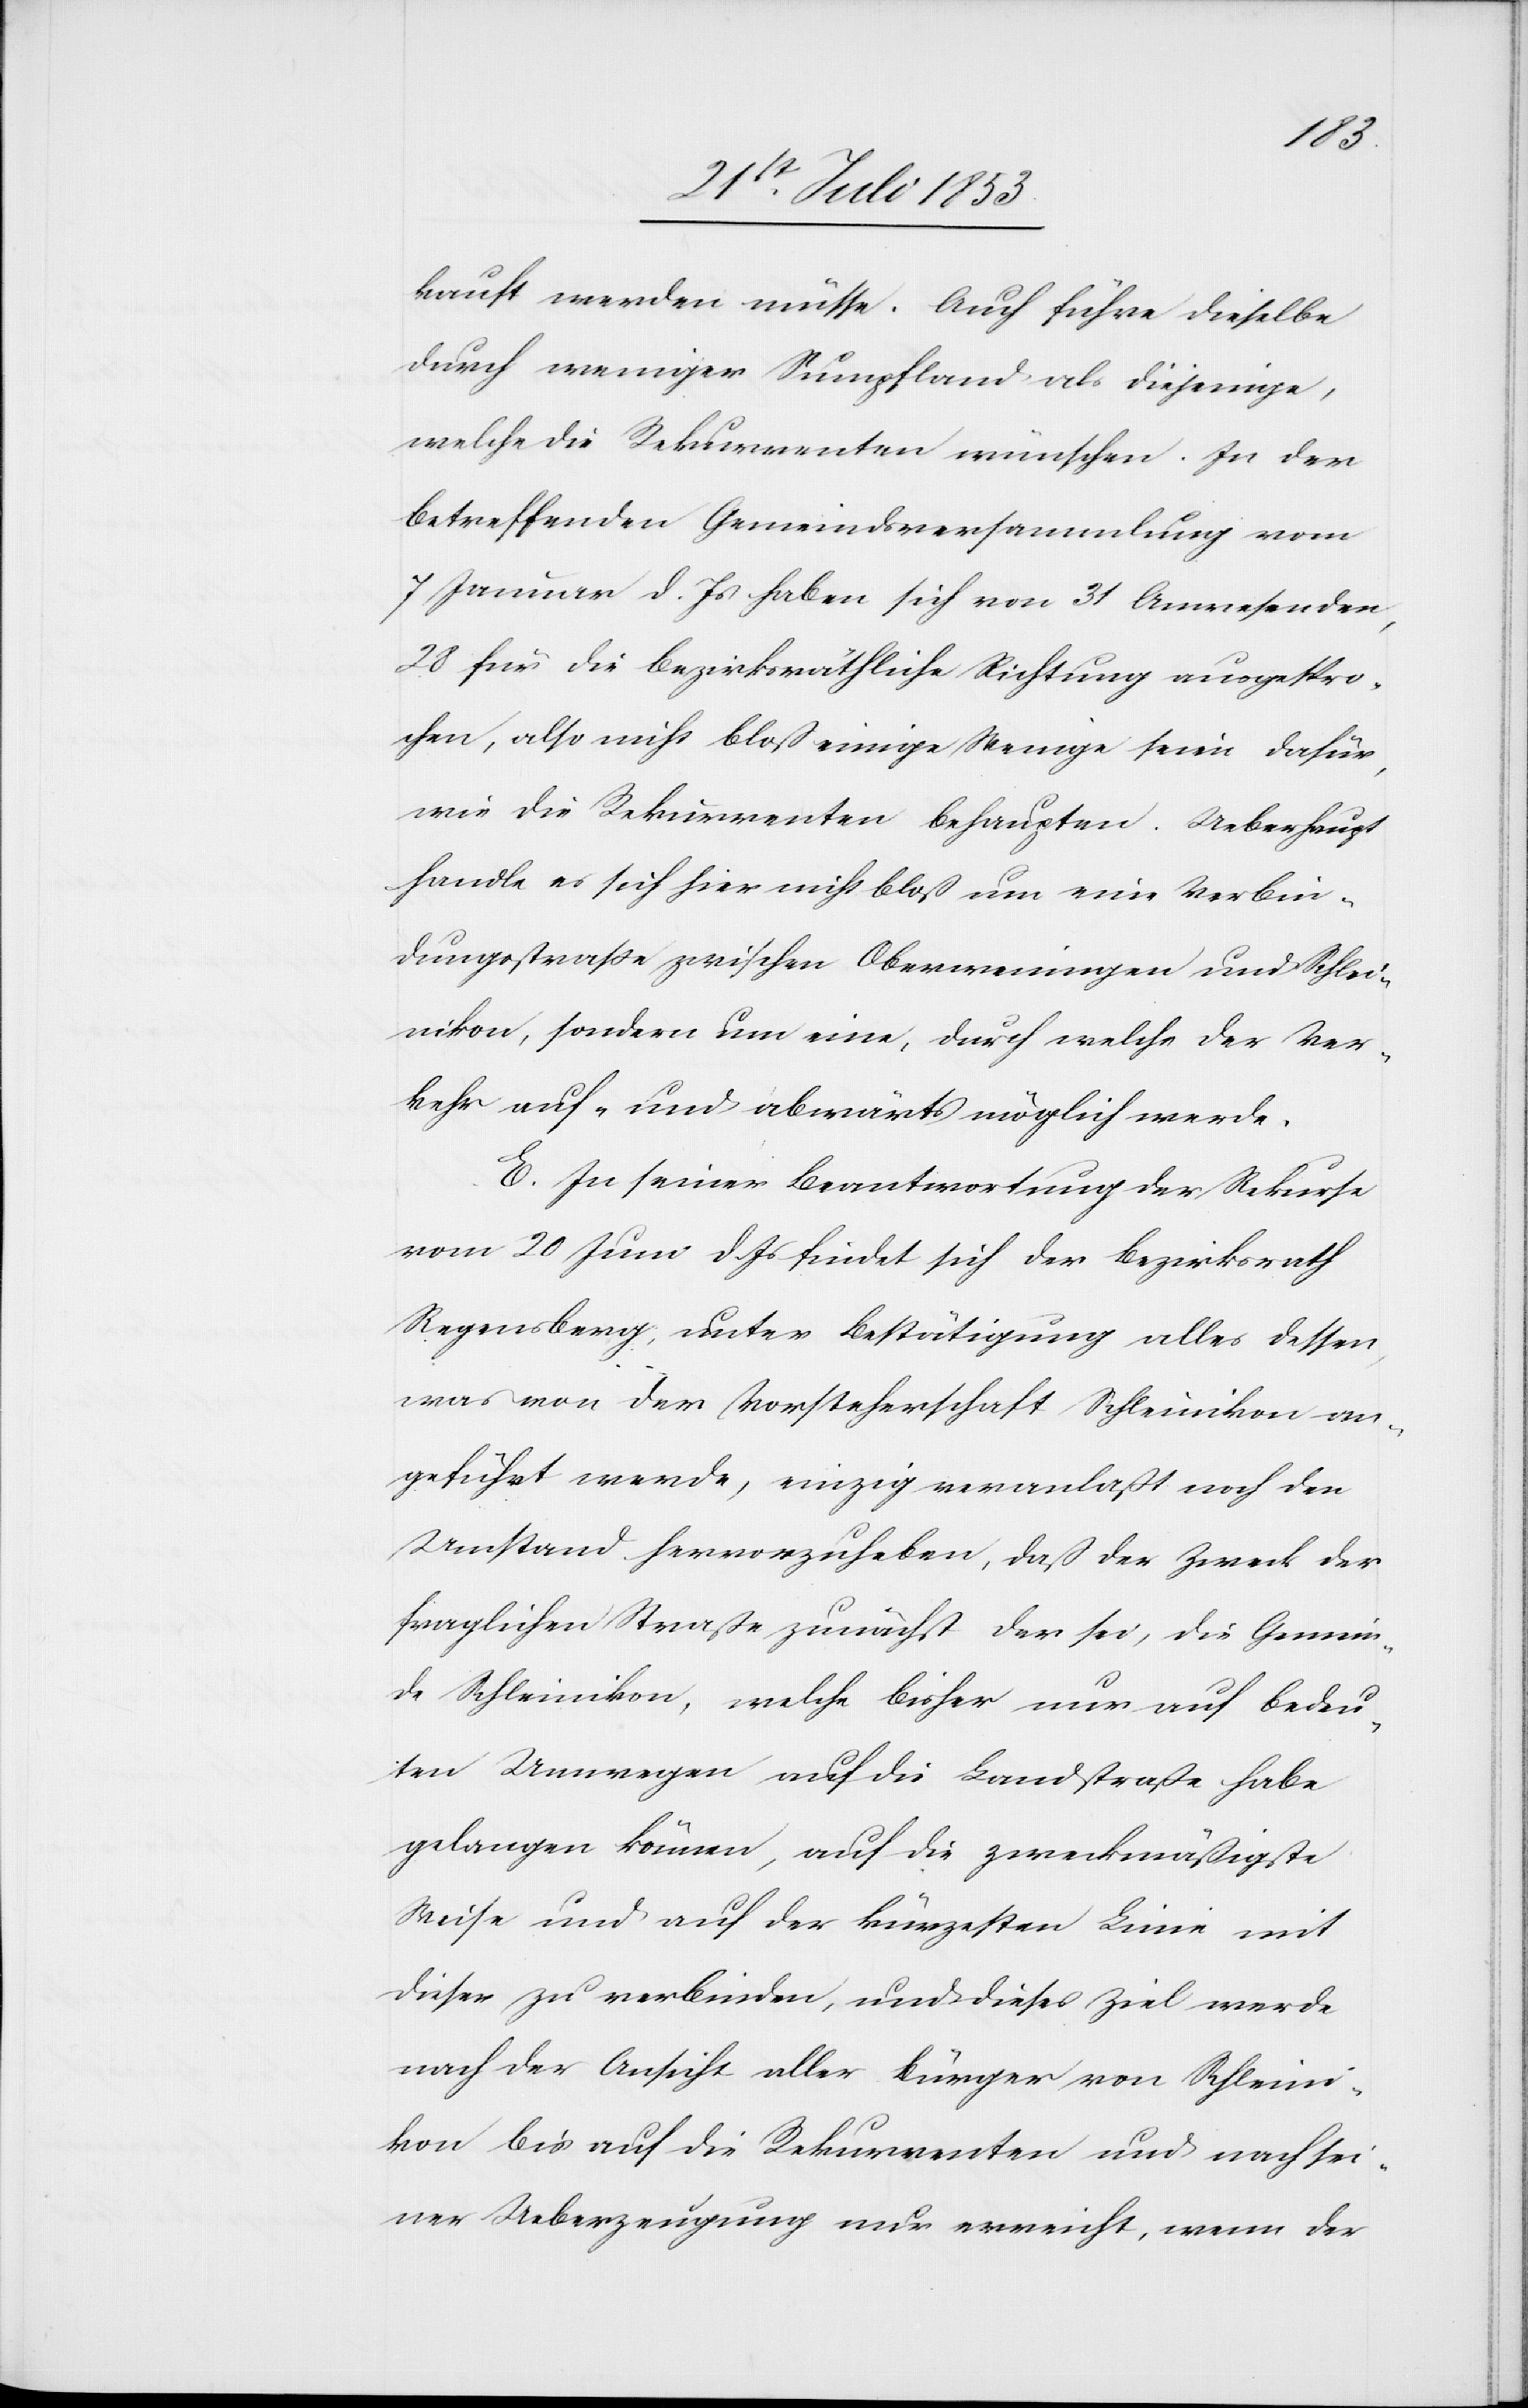
kauft werden müsse. Auch führe dieselbe
durch weniger Sumpfland als diejenige,
welche die Rekurrenten wünschen. In der
betreffenden Gemeindsversammlung vom
7 Januar d. Js. haben sich von 31 Anwesenden,
28 für die bezirksräthliche Richtung ausgespro¬
chen, also nicht bloß einige Wenige seien dafür,
wie die Rekurrenten behaupten. Ueberhaupt
handle es sich hier nicht bloß um eine Verbin¬
dungsstraße zwischen Oberweningen und Schlei¬
nikon, sondern um eine, durch welche der Ver¬
kehr auf- und abwärts möglich werde.
E. In seiner Beantwortung der Rekurse
vom 20 Juni d. Js. findet sich der Bezirksrath
Regensberg, unter Bestätigung alles dessen
was von der Vorsteherschaft Schleinikon an¬
geführt werde, einzig veranlaßt noch den
Umstand hervorzuheben, daß der Zweck der
fraglichen Straße zunächst der sei, die Gemein¬
de Schleinikon, welche bisher nur auf bedeu¬
tenden Umwegen auf die Landstraße habe
gelangen können, auf die zweckmäßigste
Weise und auf der kürzesten Linie mit
dieser zu verbinden, und dieses Ziel werde
nach der Ansicht aller Bürger von Schleini¬
kon bis auf die Rekurrenten und nach sei¬
ner Ueberzeugung nur erreicht, wenn der